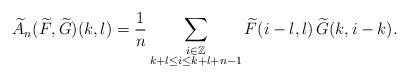
LaTeX: \begin{align*}\widetilde{A}_n(\widetilde{F},\widetilde{G})(k,l) = \frac{1}{n}\sum_{\substack{i\in\mathbb{Z}\\ k+l\leq i\leq k+l+n-1}} \widetilde{F}(i-l,l) \,\widetilde{G}(k,i-k). \end{align*}